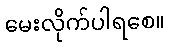
မေးလိုက်ပါရစေ။